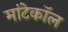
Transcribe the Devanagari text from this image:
मांटेकॉल